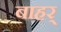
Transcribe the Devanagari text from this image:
बाहर्